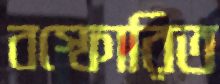
বস্ফোরিত